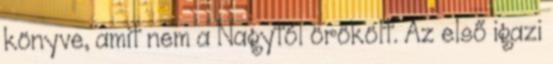
könyve, amit nem a Nagytól örökölt. Az első igazi